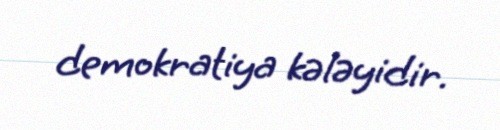
demokratiya kələyidir.